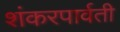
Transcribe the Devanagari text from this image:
शंकरपार्वती